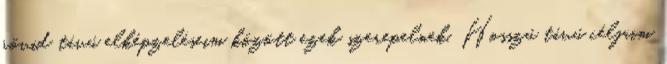
rövid távú elképzeléseim között ezek szerepelnek. Hosszú távú céljaim